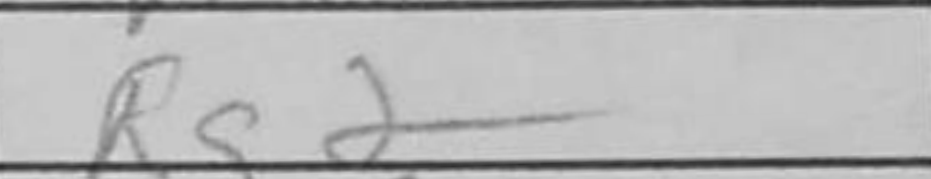
Transcription: Rg2